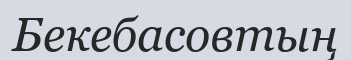
Бекебасовтың